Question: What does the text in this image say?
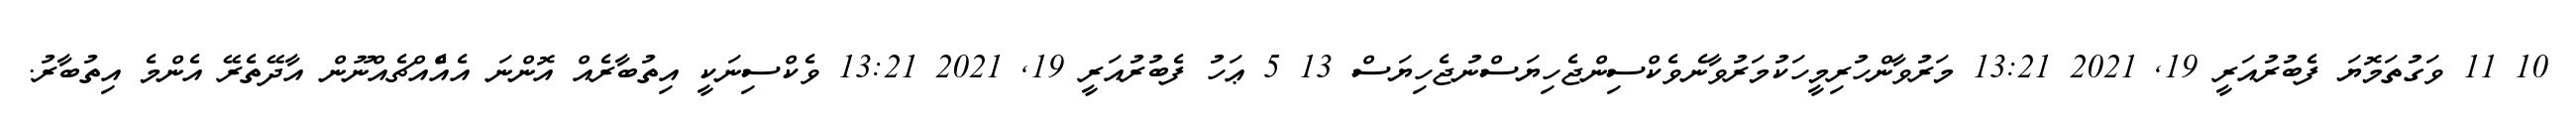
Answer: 10 11 ވަގުތަމޮޔަ ފެބުރުއަރީ 19, 2021 13:21 މަރުވާންހުރިމީހަކުމަރުވާނެވެކްސިންޖެހިޔަސްނުޖެހިޔަސް 13 5 ޢަހު ފެބުރުއަރީ 19, 2021 13:21 ވެކްސިނަކީ އިތުބާރެއް އޮންނަ އެއްެއްޗެއްނޫން އާދޭތެރޭ އެންމެ އިތުބާރު.